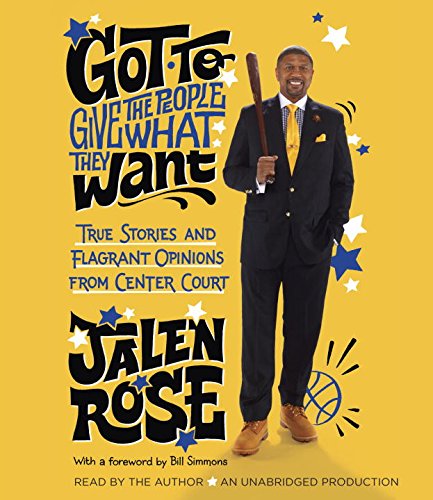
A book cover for Got to Give the People What They Want: True Stories and Flagrant Opinions from Center Court; Jalen Rose; Sports & Outdoors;